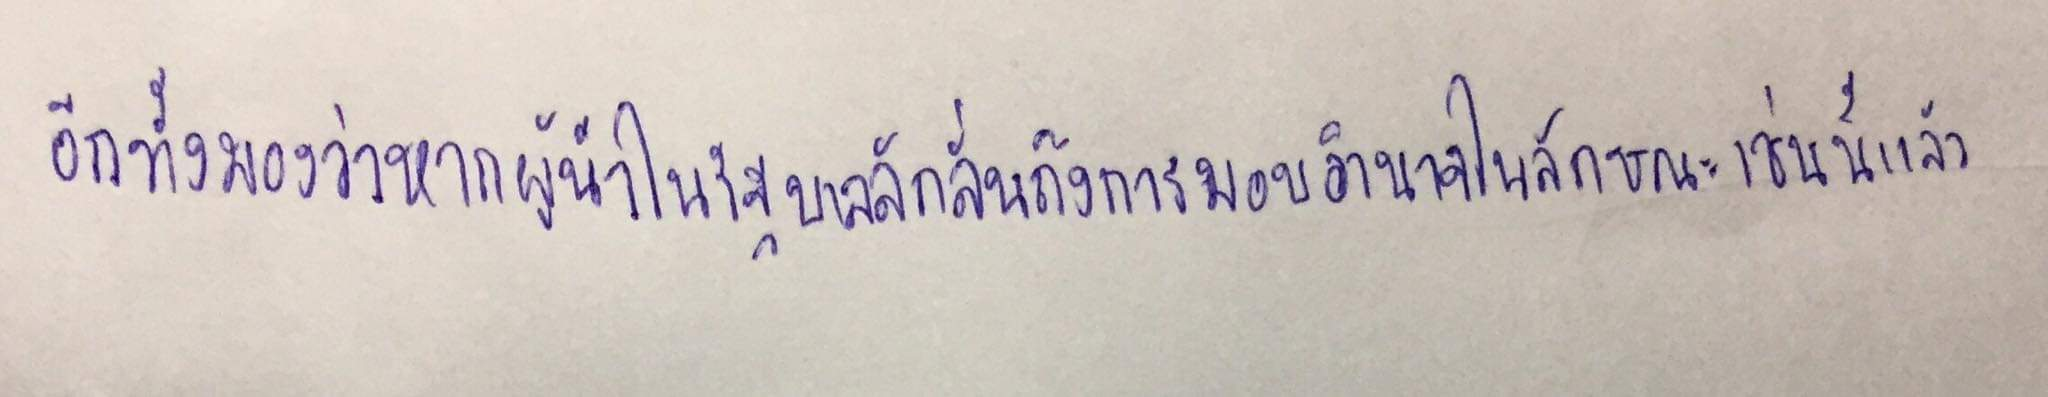
อีกทั้งมองว่าหากผู้นำในรัฐบาลลักลั่นถึงการมอบอำนาจในลักษณะเช่นนี้แล้ว